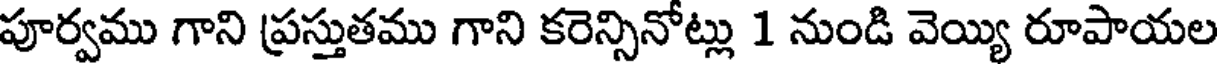
పూర్వము గాని ప్రస్తుతము గాని కరెన్సినోట్లు 1 నుండి వెయ్యి రూపాయల